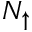
N _ { \uparrow }